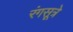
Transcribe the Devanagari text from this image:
रंगसूत्रे